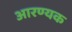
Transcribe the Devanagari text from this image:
आरण्‍यक